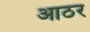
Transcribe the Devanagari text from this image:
आठर